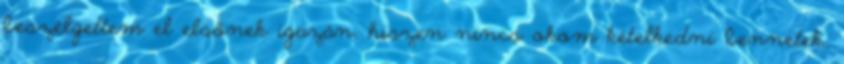
beszélgettem el elsőnek igazán, hiszen nincs okom kételkedni bennetek.